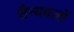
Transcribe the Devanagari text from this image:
सैन्यबलों